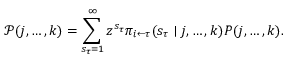
\mathcal P ( j , \dots , k ) = \sum _ { s _ { \tau } = 1 } ^ { \infty } z ^ { s _ { \tau } } \pi _ { i \leftarrow \tau } ( s _ { \tau } \mid j , \dots , k ) P ( j , \dots , k ) .